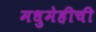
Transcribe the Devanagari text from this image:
मधुमेहीची